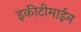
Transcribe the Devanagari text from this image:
इकीटीमाईन